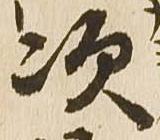
次